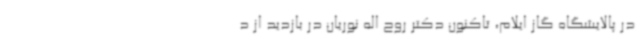
در پالایشگاه گاز ایلام، تاکنون دکتر روح اله نوریان در بازدید از د